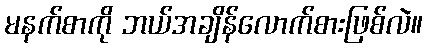
မနက်စာကို ဘယ်အချိန်လောက်စားဖြစ်လဲ။